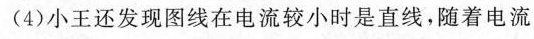
(4)小王还发现图线在电流较小时是直线，随着电流